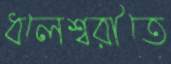
ধলেশ্বরীতে